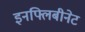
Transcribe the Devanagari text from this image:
इनफ्लिबीनेट